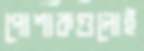
পোশাকগুলোই